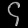
Digit: ၄